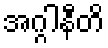
အဂ္ဂါနီတိ